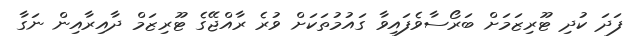
ފަދަ ކުދި ޓޫރިޒަމަށް ބަރޯސާވެފައިވާ ގައުމުތަކަށް ވުރެ ރާއްޖޭގެ ޓޫރިޒަމް ދާއިރާއިން ނަގާ